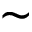
\sim